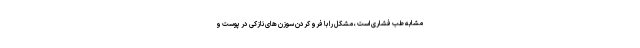
مشابه طب فشاری است ، مشکل را با فرو کردن سوزن های نازکی در پوست و